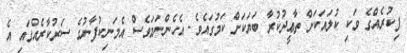
ފިކުރެއްގެ ވަކި ކުލައަކަށް ތާޢީދުކުރާ ބަޔަކަށް ކަމުގައެވެ. އެހެންނަމަވެސް އެމަނިކުފާނުގެ ސަރުކާރެއްގައި އެ